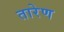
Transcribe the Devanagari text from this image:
तारेण